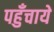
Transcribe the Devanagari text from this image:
पहुँचाये